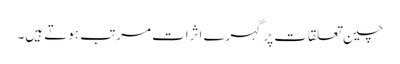
چین تعلقات پر گہرے اثرات مرتب ہوتے ہیں۔